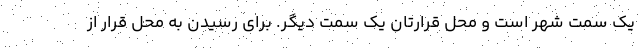
یک سمت شهر است و محل قرارتان یک سمت دیگر. برای رسیدن به محل قرار از